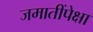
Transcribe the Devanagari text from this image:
जमातींपेक्षा